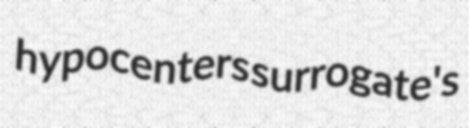
hypocenters surrogate's